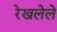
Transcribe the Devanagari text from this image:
रेखलेले